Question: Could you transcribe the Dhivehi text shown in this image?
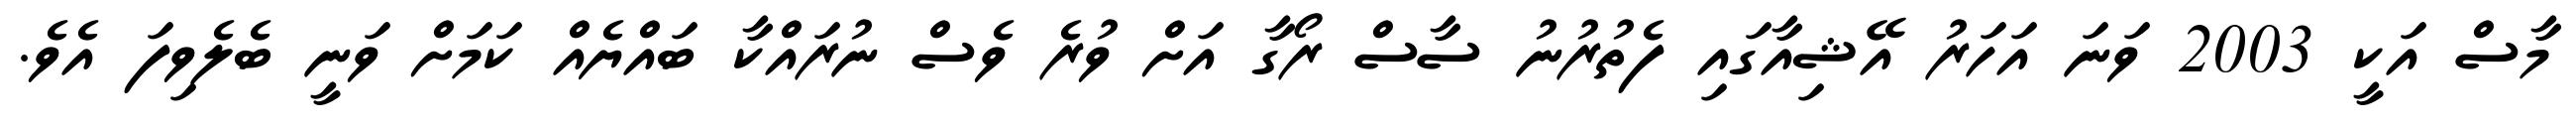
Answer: މާސް އަކީ 2003 ވަނަ އަހަރު އޭޝިއާގައި ފެތުރުނު ސާސް ރޯގާ އަށް ވުރެ ވެސް ނުރައްކާ ބައްޔެއް ކަމަށް ވަނީ ބެލެވިފަ އެވެ.